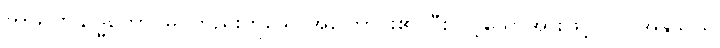
ကာရဏသိဒ္ဓိတော၊ မဂ်တည်းဟူသောအကြောင်း၏ ပြီးလင့်သောအားဖြင့်။ ဝါ၊ အနုသယ